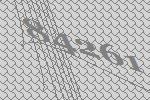
84261